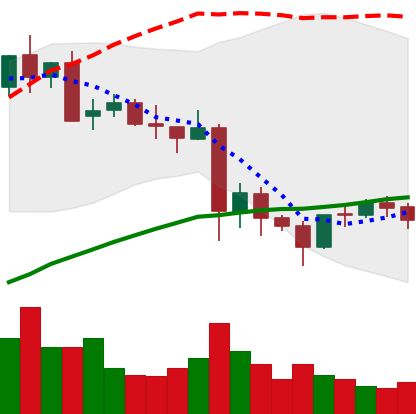
Ticker: LTC-USD
Chart end date: 2021-05-28
Forward return: 5.608%
Label: up_5_7